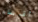
أقرباء